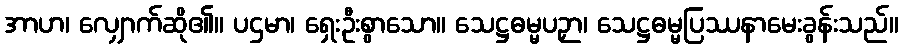
အာဟ၊ လျှောက်ဆို၏။ ပဌမာ၊ ရှေးဦးစွာသော။ သေဋ္ဌဓမ္မပဉှာ၊ သေဋ္ဌဓမ္မပြဿနာမေးခွန်းသည်။